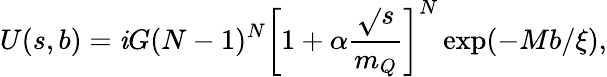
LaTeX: U(s,b)=\mathit{i}G(N-1)^{N}\left[1+\alpha\frac{{\sqrt{}{{s}}}}{{m_{Q}}}\right]^{N}\exp(-Mb/\xi),